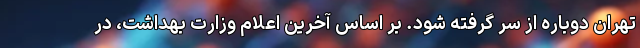
تهران دوباره از سر گرفته شود. بر اساس آخرین اعلام وزارت بهداشت، در